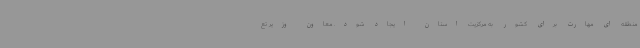
منطقه ای مهارت برای کشور به مرکزیت استان ایجاد شود. معاون وزیر تع